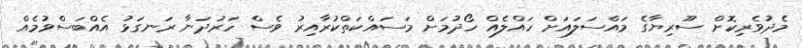
މެދުވެރިކޮށް ސޫރިޔާގެ މައްސަލައަށް ހައްލެއް ހޯދުމަށް މަސައްކަތްކުރާއިރު ވެސް ހަރުދަނާ ރަނގަޅު އެއްބަސްވުމެއް